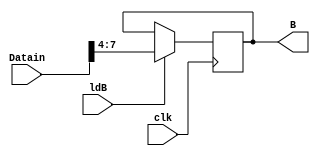
module LdB(
	B,
	Datain,
	ldB,
	clk
);

output reg [3:0] B;
input wire [11:0] Datain;
input wire ldB;
input wire clk;

always @(posedge clk) begin
	if(ldB)
		B <= Datain[7:4];
end

endmodule